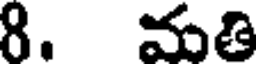
8. మతి